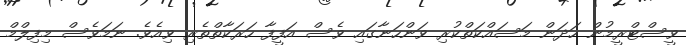
ވީސްޓްރީމުން ހަދަން މަސައްކަތްކުރި ވަންހަނާގައި ވެސް އަފީފާ ހަރަކާތްތެރި ވިއެވެ. ނަމަވެސް މިފިލްމް